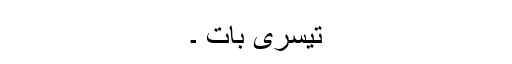
تیسری بات ۔